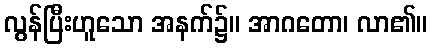
လွန်ပြီးဟူသော အနက်၌။ အာဂတော၊ လာ၏။